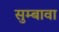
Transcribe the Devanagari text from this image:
सुम्बावा